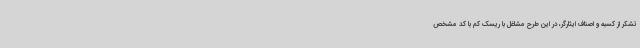
تشکر از کسبه و اصناف ایثارگر، در این طرح مشاغل با ریسک کم با کد مشخص